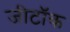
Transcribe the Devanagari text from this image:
जीटॉक